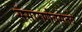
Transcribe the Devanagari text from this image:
संसारार्णवसेतवे